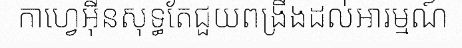
កាហ្វេអ៊ីនសុទ្ធតែជួយពង្រឹងដល់អារម្មណ៍